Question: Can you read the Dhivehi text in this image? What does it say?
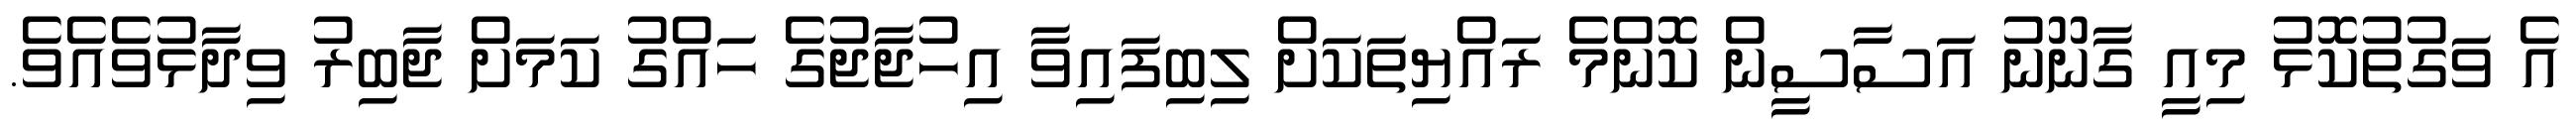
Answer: އެ ވަގުތުކޮޅު މިއީ ގާނޫނު އަސާސީން ކޮންމެ ރައްޔިތަކަށް ލިބިފައިވާ އިހުޖާޖުގެ ހައްގު ކަމަށް ޖާބިރު ވިދާޅުވެއެވެ.